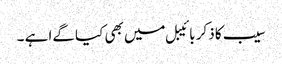
سیب کا ذکر بائیبل میں بھی کیا گےا ہے ۔